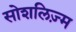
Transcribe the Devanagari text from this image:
सोशलिज़्म